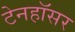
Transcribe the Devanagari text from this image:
टेनहॉसर